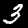
Digit: 3